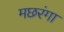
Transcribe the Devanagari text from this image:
मछरंगा